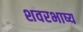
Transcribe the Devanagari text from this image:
शवरभाष्य